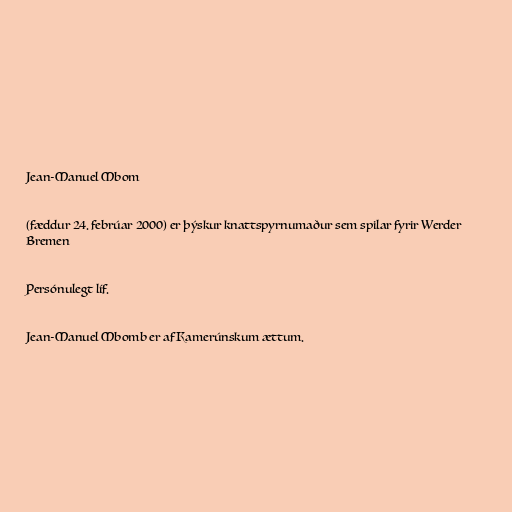
Jean-Manuel Mbom

(fæddur 24. febrúar 2000) er þýskur knattspyrnumaður sem spilar fyrir Werder
Bremen

Persónulegt líf.

Jean-Manuel Mbomb er af Kamerúnskum ættum.